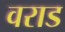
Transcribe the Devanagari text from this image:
वराड